Document type: Dowry acquittance
Year: 1427
Scribe: Pere Tarafa
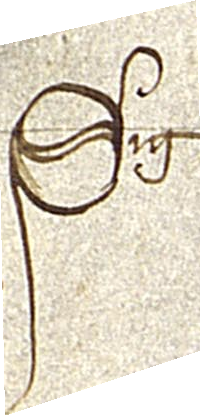
Sig